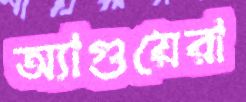
অ্যাগুয়েরা